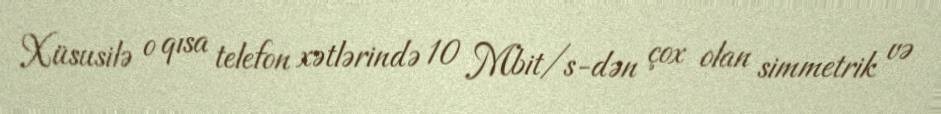
Xüsusilə o qısa telefon xətlərində 10 Mbit/s-dən çox olan simmetrik və